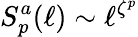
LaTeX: S_{p}^{a}(\ell)\sim\ell^{\zeta^{p}}